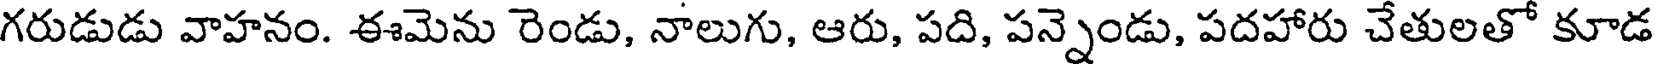
గరుడుడు వాహనం. ఈమెను రెండు, నాలుగు, ఆరు, పది, పన్నెండు, పదహారు చేతులతో కూడ